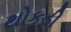
થોકડી